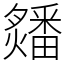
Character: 㸋